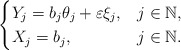
\begin{align*}\begin{cases} Y_j=b_j \theta_j+ \varepsilon \xi_j, & j \in \mathbb{N}, \\X_j= b_j, & j \in \mathbb{N}.\end{cases}\end{align*}